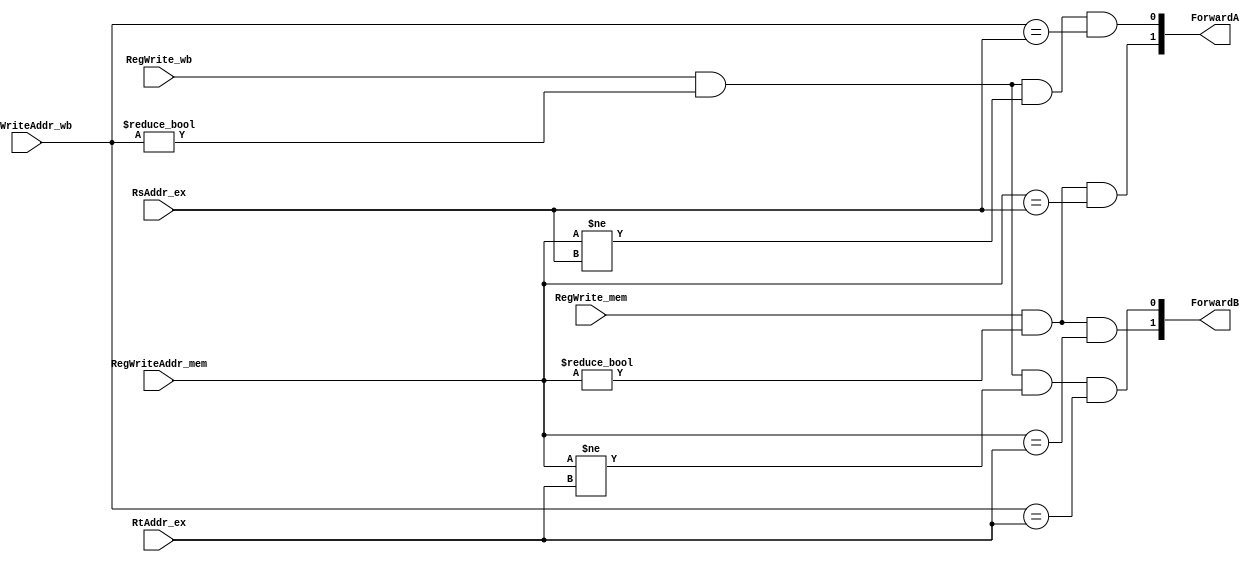
//Data:  20181218      
// function : Forwarding Unit  , handling data association
// signal:   	ForwardA control signal of  MUX_OperandA
//					ForwardB control signal of  MUX_OperandB

module Forwarding(
	// Input
	RsAddr_ex,RtAddr_ex,
	RegWrite_mem,RegWriteAddr_mem,
	RegWrite_wb,RegWriteAddr_wb,
	
	// Output
	ForwardA,ForwardB
);
	input [4:0]RsAddr_ex,RtAddr_ex;
	input RegWrite_mem;
	input [4:0]RegWriteAddr_mem;
	input RegWrite_wb;
	input [4:0]RegWriteAddr_wb;
	
	output [1:0]ForwardA;
	output [1:0]ForwardB;
	
	assign ForwardA[0] = RegWrite_wb && ( RegWriteAddr_wb != 0)
												&& (RegWriteAddr_mem != RsAddr_ex) 
												&& ( RegWriteAddr_wb == RsAddr_ex);             
 	assign ForwardA[1] =  RegWrite_mem && ( RegWriteAddr_mem != 0)
												&& ( RegWriteAddr_mem == RsAddr_ex);         //
												
	assign ForwardB[0] = RegWrite_wb && ( RegWriteAddr_wb != 0)
												&& (RegWriteAddr_mem != RtAddr_ex) 
												&& ( RegWriteAddr_wb == RtAddr_ex);
 	assign ForwardB[1] =  RegWrite_mem && ( RegWriteAddr_mem != 0)
												&& ( RegWriteAddr_mem == RtAddr_ex);
												
endmodule